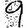
Digit: 9